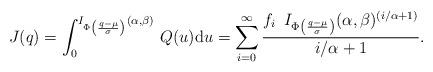
LaTeX: \begin{align*}J(q)=\int_{0}^{I_{\Phi\left(\frac{q-\mu}{\sigma}\right)}(\alpha,\beta)}\,Q(u)\mathrm{d}u=\sum_{i=0}^{\infty}\frac{f_i\,\,\,I_{\Phi\left(\frac{q-\mu}{\sigma}\right)}(\alpha,\beta)^{(i/\alpha+1)}}{i/\alpha+1}.\end{align*}